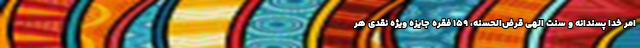
امر خدا پسندانه و سنت الهی قرض‌الحسنه، 159 فقره جایزه ویژه نقدی هر